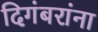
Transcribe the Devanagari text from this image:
दिगंबरांना